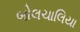
બોલચાલિયા